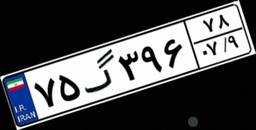
۷۵گ۳۹۶۷۸